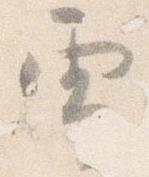
雪